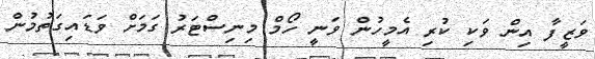
ވަޒީފާ އިން ވަކި ކުރި އެމީހުން ވަނީ ހޯމް މިނިސްޓަރު ގަމަށް ވަޑައިގަތުމުން